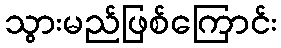
သွားမည်ဖြစ်ကြောင်း